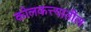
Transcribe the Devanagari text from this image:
कोलकत्त्यातील